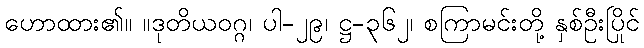
ဟောထား၏။ ။ဒုတိယဝဂ္ဂ၊ ပါ-၂၉၊ ဋ္ဌ-၃၆၂၊ စကြာမင်းတို့ နှစ်ဦးပြိုင်